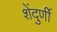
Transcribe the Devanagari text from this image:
शेंदुर्णी